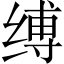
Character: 缚